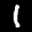
Label: 1